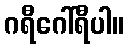
ဂရီဂေါ်ရီပါ။